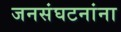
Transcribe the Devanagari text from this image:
जनसंघटनांना